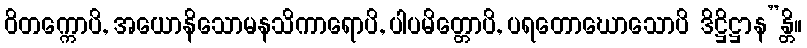
ဝိတက္ကောပိ, အယောနိသောမနသိကာရောပိ, ပါပမိတ္တောပိ, ပရတောဃောသောပိ ဒိဋ္ဌိဋ္ဌာန”န္တိ။